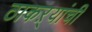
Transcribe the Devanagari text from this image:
ठाकऱ्यांची